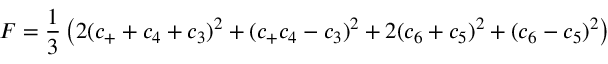
F = { \frac { 1 } { 3 } } \left( 2 ( c _ { + } + c _ { 4 } + c _ { 3 } ) ^ { 2 } + ( c _ { + } c _ { 4 } - c _ { 3 } ) ^ { 2 } + 2 ( c _ { 6 } + c _ { 5 } ) ^ { 2 } + ( c _ { 6 } - c _ { 5 } ) ^ { 2 } \right)